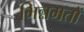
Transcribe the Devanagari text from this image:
भिन्नमतों